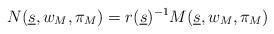
LaTeX: \begin{align*} N(\underline s,w_M,\pi_M)= r(\underline s)^{-1} M(\underline s,w_M,\pi_M)\end{align*}